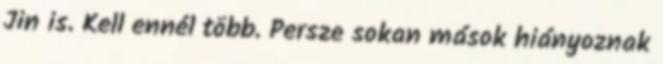
Jin is. Kell ennél több. Persze sokan mások hiányoznak